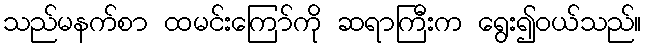
သည်မနက်စာ ထမင်းကြော်ကို ဆရာကြီးက ရွေး၍ဝယ်သည်။